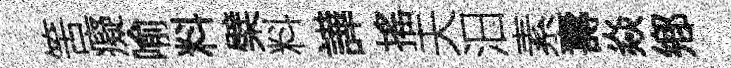
筈癡喻料檗料譁搖夫汨素夀焱鄕